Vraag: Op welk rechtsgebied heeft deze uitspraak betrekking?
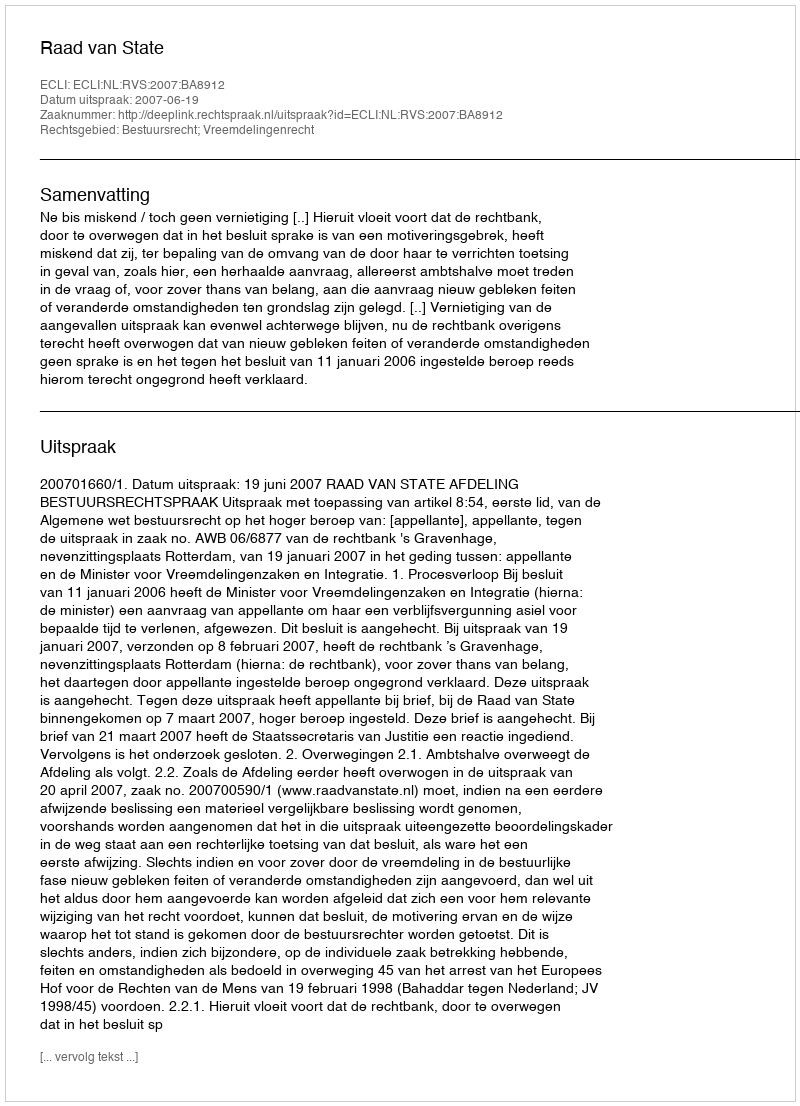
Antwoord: Bestuursrecht; Vreemdelingenrecht